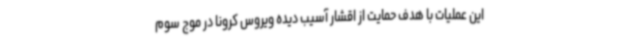
این عملیات با هدف حمایت از اقشار آسیب دیده ویروس کرونا در موج سوم